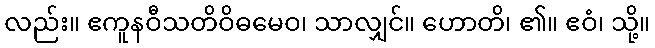
လည်း။ ဧကူနဝီသတိဝိဓမေဝ၊ သာလျှင်။ ဟောတိ၊ ၏။ ဧဝံ၊ သို့။